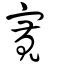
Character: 寬